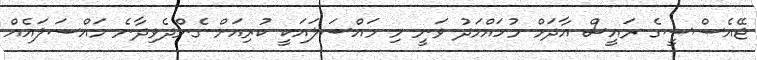
ޖޭއެސްސީގެ ރައީސް އާދަމް މުހައްމަދު ވަނީ މި މައްސަލައަކީ ކުރިއަށް ގެންދެވިދާނެ މައްސަލައެއް